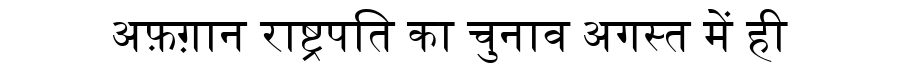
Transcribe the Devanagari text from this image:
अफ़ग़ान राष्ट्रपति का चुनाव अगस्त में ही